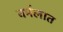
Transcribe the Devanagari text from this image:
वर्मलात